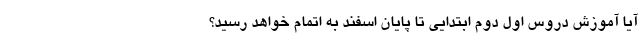
آیا آموزش دروس اول دوم ابتدایی تا پایان اسفند به اتمام خواهد رسید؟